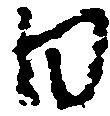
日